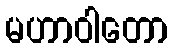
မဟာဝါတော